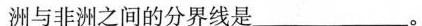
洲与非洲之间的分界线是________。